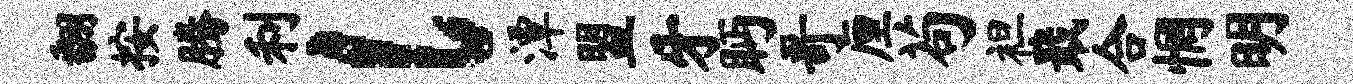
翻按腾利l潭盟牙眄哥厘苟袒戢合惘明